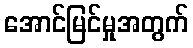
အောင်မြင်မှုအတွက်